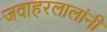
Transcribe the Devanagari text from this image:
जवाहरलालांनी